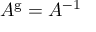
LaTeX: A ^ { \mathrm { g } } = A ^ { - 1 }